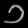
Digit: ၁